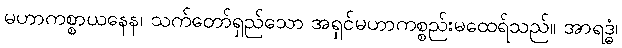
မဟာကစ္စာယနေန၊ သက်တော်ရှည်သော အရှင်မဟာကစ္စည်းမထေရ်သည်။ အာရဒ္ဓံ၊